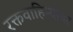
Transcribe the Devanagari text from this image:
रक्तवाहिन्यांवर